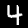
Digit: 4